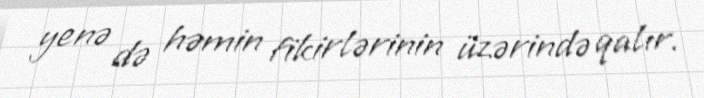
yenə də həmin fikirlərinin üzərində qalır.